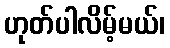
ဟုတ်ပါလိမ့်မယ်၊